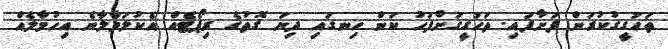
ތަހުގީގުކުރަން ފަށާފައި. ތަހުގީގަށްފަހު ކަން ހިނގައި ދިޔަ ގޮތުގެ ރިޕޯޓެއް އެކުލަވާލާނެ އިހުމާލެއް